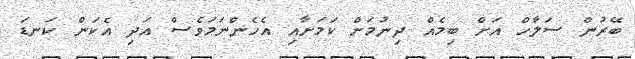
ބޭރުން ސަލާހް އަށް ބިމެއް ދިނުމަށް ކަމަށާއި އެހެންނަމަވެސް އަދި އެކަން ކަނޑަ